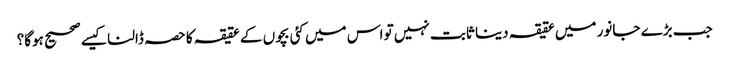
جب بڑے جانور میں عقیقہ دینا ثابت نہیں تو اس میں کئی بچوں کے عقیقہ کا حصہ ڈالنا کیسے صحیح ہوگا؟